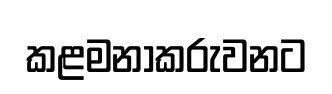
කළමනාකරුවනට